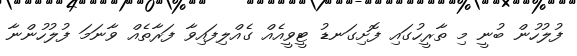
ފުލުހުން ބުނީ މި ތާރީހުގައި ފޮށިގަނޑު ޓީވީއެއް ގެއްލިފައިވާ ފަރާތެއް ވާނަމަ ފުލުހުންނާ